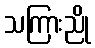
သကြားညို